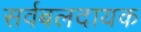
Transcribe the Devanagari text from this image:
सर्वबलदायक